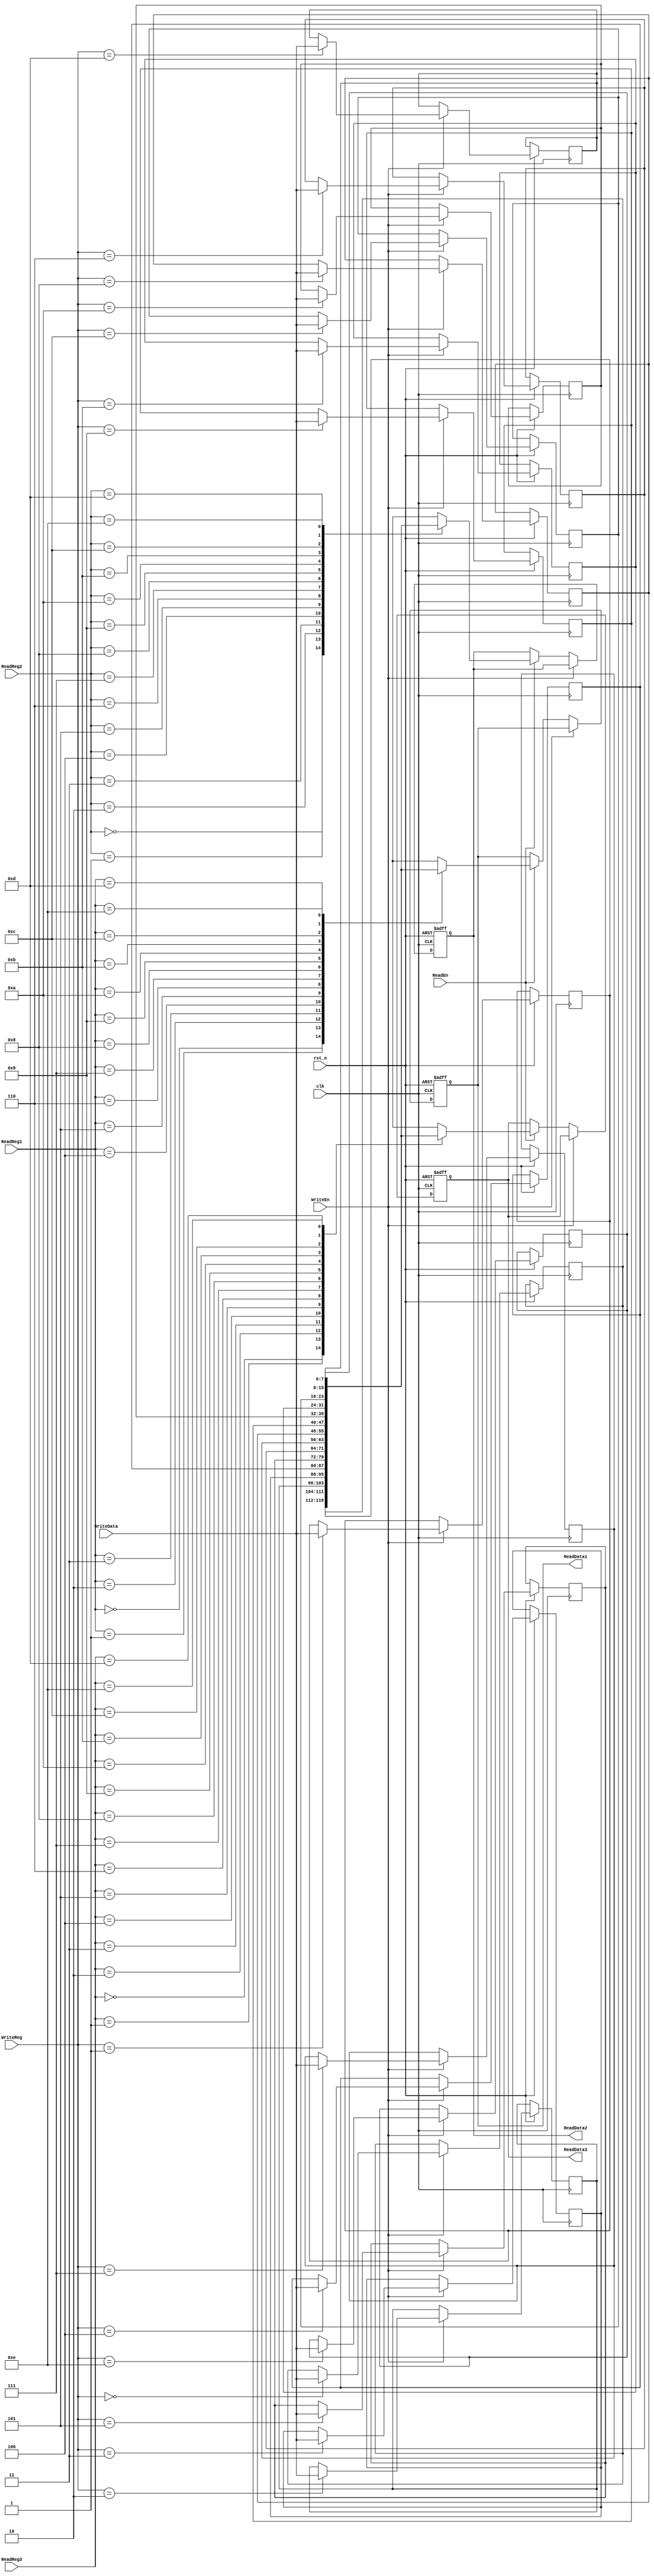
`timescale 1ns / 1ps
//////////////////////////////////////////////////////////////////////////////////
// Company: 
// Engineer: 
// 
// Design Name: 
// Module Name: RegisterFile
// Project Name: 
// Target Devices: 
// Tool Versions: 
// Description: 
// 
// Dependencies: 
// 
// Revision:
// Revision 0.01 - File Created
// Additional Comments:
// 
//////////////////////////////////////////////////////////////////////////////////

module RegisterFile( //   , 3   
    clk, rst_n, WriteEn, WriteReg, WriteData, ReadEn, ReadReg1, ReadReg2, ReadReg3,
    ReadData1, ReadData2, ReadData3
);

// 
parameter ADDRESS = 4;
parameter DATAWIDTH = 8;
parameter DATANUM = 15;

input clk, rst_n; //1bit input
input WriteEn; //1bit input
input [ADDRESS-1:0] WriteReg; //Mbit input. data  
input signed [DATAWIDTH-1:0] WriteData; //Wbit input.  data
input ReadEn; //1bit input
input [ADDRESS-1:0] ReadReg1, ReadReg2, ReadReg3; //Mbit input. read data 
output reg signed [DATAWIDTH-1:0] ReadData1, ReadData2, ReadData3; //Wbit output. read data

reg signed [DATAWIDTH-1:0] file [0:DATANUM-1]; //Wbit reg  Nbit   (register file table)

initial begin
    file[0] <= {DATAWIDTH{1'b0}};
    file[1] <= {DATAWIDTH{1'b0}};
    file[2] <= {DATAWIDTH{1'b0}};
    file[3] <= {DATAWIDTH{1'b0}};
    file[4] <= {DATAWIDTH{1'b0}};
    file[5] <= {DATAWIDTH{1'b0}};
    file[6] <= {DATAWIDTH{1'b0}};
    file[7] <= {DATAWIDTH{1'b0}};
    file[8] <= {DATAWIDTH{1'b0}};
    file[9] <= {DATAWIDTH{1'b0}};
    file[10] <= {DATAWIDTH{1'b0}};
    file[11] <= {DATAWIDTH{1'b0}};
    file[12] <= {DATAWIDTH{1'b0}};
    file[13] <= {DATAWIDTH{1'b0}};
    file[14] <= {DATAWIDTH{1'b0}};
end

//clk   rst_n     
always @(posedge clk or negedge rst_n) begin
    if(!rst_n) begin //rst_n 0  0 
        ReadData1 <= 0;
        ReadData2 <= 0;
        ReadData3 <= 0;
    end
    else begin //rst_n 1 
        //WriteEn 1 ,  1 write
        if (WriteEn) file[WriteReg] <= WriteData; 
        else if (ReadEn) begin //ReadEn 1 ,  3 read
            ReadData1 <= file[ReadReg1];
            ReadData2 <= file[ReadReg2];
            ReadData3 <= file[ReadReg3];
        end
    end
end

endmodule